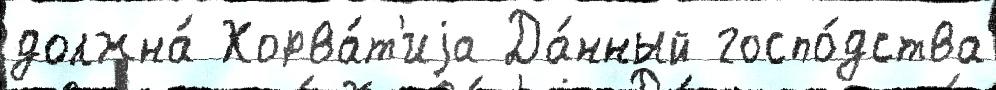
должна́ Хорва́т'иjа Да́нный госпо́дства